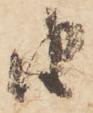
由